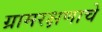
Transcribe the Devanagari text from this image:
ग्रामरक्षणाचे